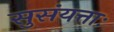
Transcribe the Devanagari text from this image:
सुसंयत्ताः